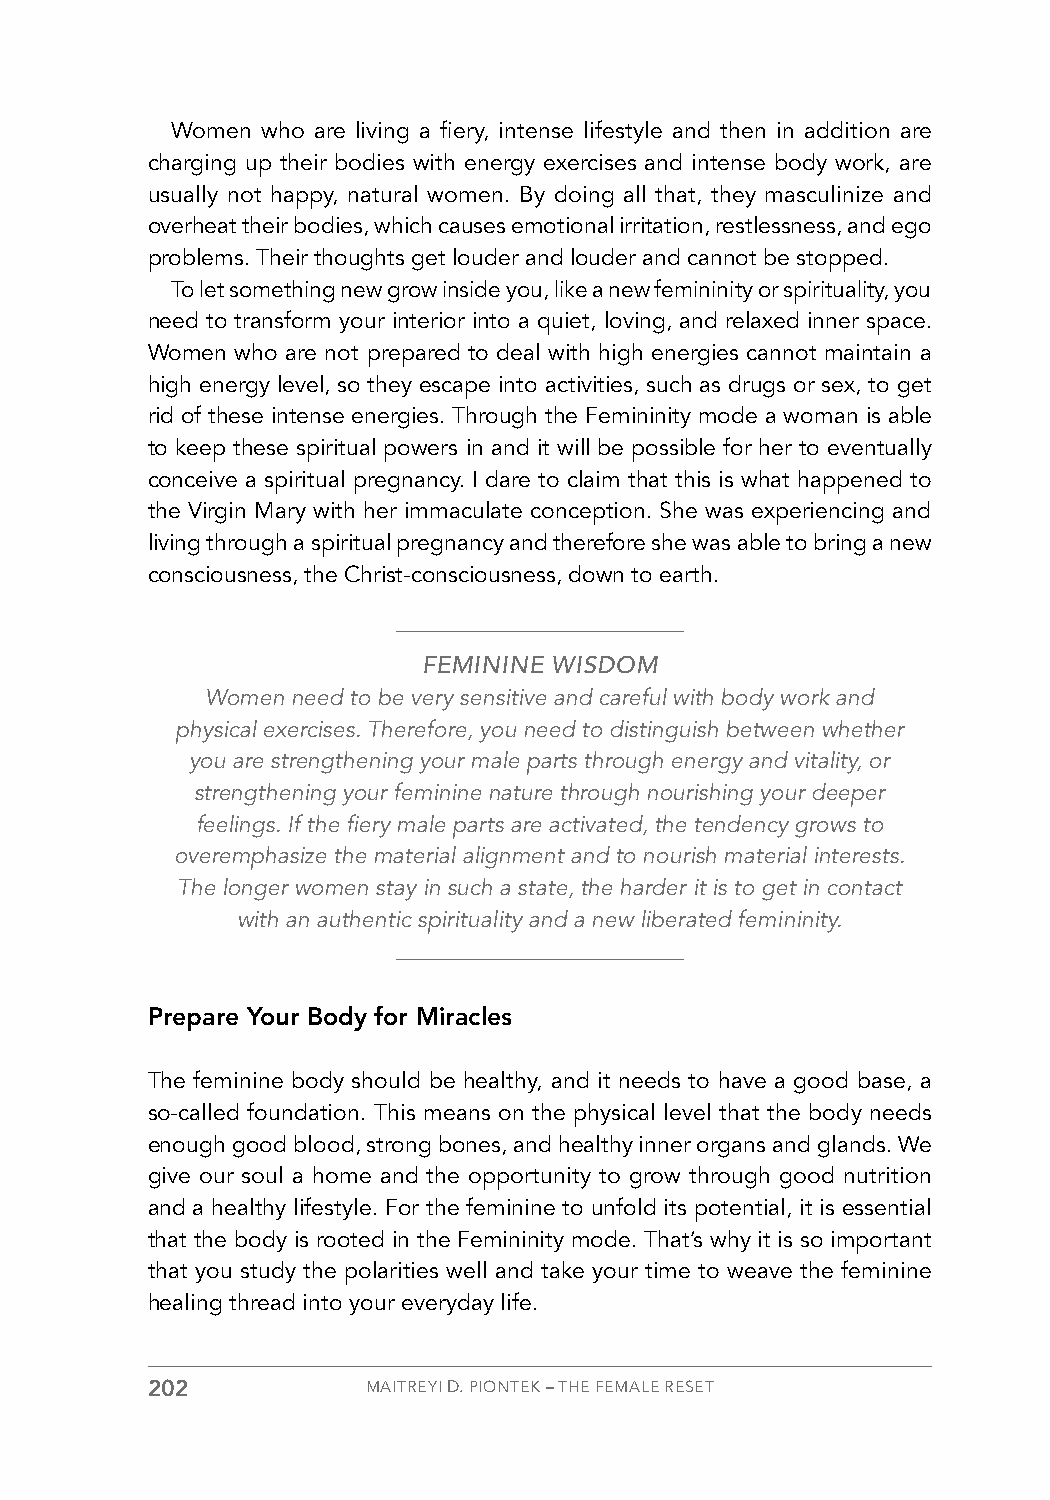
Women who are living a fiery, intense lifestyle and then in addition are
 charging up their bodies with energy exercises and intense body work, are
 usually not happy, natural women. By doing all that, they masculinize and
 overheat their bodies, which causes emotional irritation, restlessness, and ego
 problems. Their thoughts get louder and louder and cannot be stopped.
 To let something new grow inside you, like a new femininity or spirituality, you
 need to transform your interior into a quiet, loving, and relaxed inner space.
 Women who are not prepared to deal with high energies cannot maintain a
 high energy level, so they escape into activities, such as drugs or sex, to get
 rid of these intense energies. Through the Femininity mode a woman is able
 to keep these spiritual powers in and it will be possible for her to eventually
 conceive a spiritual pregnancy. I dare to claim that this is what happened to
 the Virgin Mary with her immaculate conception. She was experiencing and
 living through a spiritual pregnancy and therefore she was able to bring a new
 consciousness, the Christ-consciousness, down to earth.
 FEMININE WISDOM
 Women need to be very sensitive and careful with body work and
 physical exercises. Therefore, you need to distinguish between whether
 you are strengthening your male parts through energy and vitality, or
 strengthening your feminine nature through nourishing your deeper
 feelings. If the fiery male parts are activated, the tendency grows to
 overemphasize the material alignment and to nourish material interests.
 The longer women stay in such a state, the harder it is to get in contact
 with an authentic spirituality and a new liberated femininity.
 Prepare Your Body for Miracles
 The feminine body should be healthy, and it needs to have a good base, a
 so-called foundation. This means on the physical level that the body needs
 enough good blood, strong bones, and healthy inner organs and glands. We
 give our soul a home and the opportunity to grow through good nutrition
 and a healthy lifestyle. For the feminine to unfold its potential, it is essential
 that the body is rooted in the Femininity mode. That’s why it is so important
 that you study the polarities well and take your time to weave the feminine
 healing thread into your everyday life.
 202           MAITREYI D. PIONTEK – THE FEMALE RESET